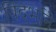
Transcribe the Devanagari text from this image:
विदर्भाने